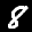
Label: 8